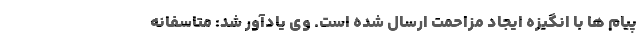
پیام ها با انگیزه ایجاد مزاحمت ارسال شده است. وی یادآور شد: متاسفانه